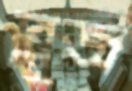
ব্লুজ